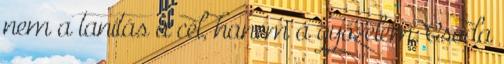
nem a tanítás a cél, hanem a győzelem. Csoda